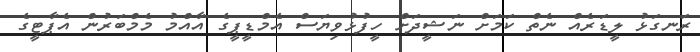
ރަނގަޅު ލީޑަރެއް ނެތް ކަމަށް ނަޝީދަށް ހީފުޅުވިޔަސް އެމްޑީޕީގެ އާއްމު މެމްބަރުން އެޕާޓީގެ